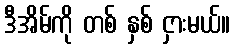
ဒီအိမ်ကို တစ် နှစ် ငှားမယ်။